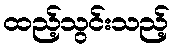
ထည့်သွင်းသည့်